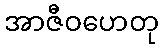
အာဇီဝဟေတု